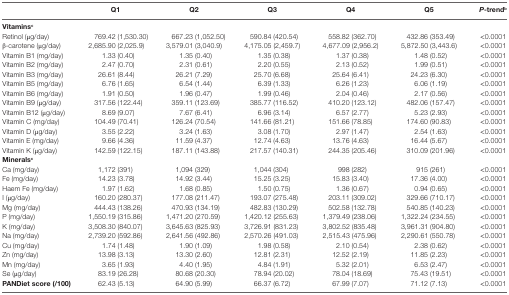
<table><thead><tr><td></td><td><b>Q1</b></td><td><b>Q2</b></td><td><b>Q3</b></td><td><b>Q4</b></td><td><b>Q5</b></td><td><b><i>P</i>-trend<sup>b</sup></b></td></tr></thead><tbody><tr><td><b>Vitamins</b><sup>c</sup></td><td></td><td></td><td></td><td></td><td></td><td></td></tr><tr><td>Retinol (μg/day)</td><td>769.42 (1,530.30)</td><td>667.23 (1,052.50)</td><td>590.84 (420.54)</td><td>558.82 (362.70)</td><td>432.86 (353.49)</td><td>&lt;0.0001</td></tr><tr><td>β-carotene (μg/day)</td><td>2,685.90 (2,025.9)</td><td>3,579.01 (3,040.9)</td><td>4,175.05 (2,459.7)</td><td>4,677.09 (2,956.2)</td><td>5,872.50 (3,443.6)</td><td>&lt;0.0001</td></tr><tr><td>Vitamin B1 (mg/day)</td><td>1.33 (0.40)</td><td>1.35 (0.40)</td><td>1.35 (0.38)</td><td>1.37 (0.38)</td><td>1.48 (0.52)</td><td>&lt;0.0001</td></tr><tr><td>Vitamin B2 (mg/day)</td><td>2.47 (0.70)</td><td>2.31 (0.61)</td><td>2.20 (0.55)</td><td>2.13 (0.52)</td><td>1.99 (0.51)</td><td>&lt;0.0001</td></tr><tr><td>Vitamin B3 (mg/day)</td><td>26.61 (8.44)</td><td>26.21 (7.29)</td><td>25.70 (6.68)</td><td>25.64 (6.41)</td><td>24.23 (6.30)</td><td>&lt;0.0001</td></tr><tr><td>Vitamin B5 (mg/day)</td><td>6.76 (1.65)</td><td>6.54 (1.44)</td><td>6.39 (1.33)</td><td>6.26 (1.23)</td><td>6.06 (1.19)</td><td>&lt;0.0001</td></tr><tr><td>Vitamin B6 (mg/day)</td><td>1.91 (0.50)</td><td>1.96 (0.47)</td><td>1.99 (0.46)</td><td>2.04 (0.46)</td><td>2.17 (0.56)</td><td>&lt;0.0001</td></tr><tr><td>Vitamin B9 (μg/day)</td><td>317.56 (122.44)</td><td>359.11 (123.69)</td><td>385.77 (116.52)</td><td>410.20 (123.12)</td><td>482.06 (157.47)</td><td>&lt;0.0001</td></tr><tr><td>Vitamin B12 (μg/day)</td><td>8.69 (9.07)</td><td>7.67 (6.41)</td><td>6.96 (3.14)</td><td>6.57 (2.77)</td><td>5.23 (2.93)</td><td>&lt;0.0001</td></tr><tr><td>Vitamin C (mg/day)</td><td>104.49 (70.41)</td><td>126.24 (70.54)</td><td>141.66 (81.21)</td><td>151.66 (78.85)</td><td>174.60 (90.83)</td><td>&lt;0.0001</td></tr><tr><td>Vitamin D (μg/day)</td><td>3.55 (2.22)</td><td>3.24 (1.63)</td><td>3.08 (1.70)</td><td>2.97 (1.47)</td><td>2.54 (1.63)</td><td>&lt;0.0001</td></tr><tr><td>Vitamin E (mg/day)</td><td>9.66 (4.36)</td><td>11.59 (4.37)</td><td>12.74 (4.63)</td><td>13.76 (4.63)</td><td>16.44 (5.67)</td><td>&lt;0.0001</td></tr><tr><td>Vitamin K (μg/day)</td><td>142.59 (122.15)</td><td>187.11 (143.88)</td><td>217.57 (140.31)</td><td>244.35 (205.46)</td><td>310.09 (201.96)</td><td>&lt;0.0001</td></tr><tr><td><b>Minerals</b><sup>c</sup></td><td></td><td></td><td></td><td></td><td></td><td></td></tr><tr><td>Ca (mg/day)</td><td>1,172 (391)</td><td>1,094 (329)</td><td>1,044 (304)</td><td>998 (282)</td><td>915 (261)</td><td>&lt;0.0001</td></tr><tr><td>Fe (mg/day)</td><td>14.23 (3.78)</td><td>14.92 (3.44)</td><td>15.25 (3.25)</td><td>15.83 (3.40)</td><td>17.36 (4.00)</td><td>&lt;0.0001</td></tr><tr><td>Haem Fe (mg/day)</td><td>1.97 (1.62)</td><td>1.68 (0.85)</td><td>1.50 (0.75)</td><td>1.36 (0.67)</td><td>0.94 (0.65)</td><td>&lt;0.0001</td></tr><tr><td>I (μg/day)</td><td>160.20 (280.37)</td><td>177.08 (211.47)</td><td>193.07 (275.48)</td><td>203.11 (309.02)</td><td>329.66 (710.17)</td><td>&lt;0.0001</td></tr><tr><td>Mg (mg/day)</td><td>444.43 (138.26)</td><td>470.93 (134.19)</td><td>482.83 (130.29)</td><td>502.58 (132.78)</td><td>540.85 (140.23)</td><td>&lt;0.0001</td></tr><tr><td>P (mg/day)</td><td>1,550.19 (315.86)</td><td>1,471.20 (270.59)</td><td>1,420.12 (255.63)</td><td>1,379.49 (238.06)</td><td>1,322.24 (234.55)</td><td>&lt;0.0001</td></tr><tr><td>K (mg/day)</td><td>3,508.30 (840.07)</td><td>3,645.63 (825.93)</td><td>3,726.91 (831.23)</td><td>3,802.52 (835.48)</td><td>3,961.31 (904.80)</td><td>&lt;0.0001</td></tr><tr><td>Na (mg/day)</td><td>2,739.20 (592.86)</td><td>2,641.56 (492.86)</td><td>2,570.26 (491.03)</td><td>2,515.43 (475.96)</td><td>2,290.61 (550.78)</td><td>&lt;0.0001</td></tr><tr><td>Cu (mg/day)</td><td>1.74 (1.48)</td><td>1.90 (1.09)</td><td>1.98 (0.58)</td><td>2.10 (0.54)</td><td>2.38 (0.62)</td><td>&lt;0.0001</td></tr><tr><td>Zn (mg/day)</td><td>13.98 (3.13)</td><td>13.30 (2.60)</td><td>12.81 (2.31)</td><td>12.52 (2.19)</td><td>11.85 (2.23)</td><td>&lt;0.0001</td></tr><tr><td>Mn (mg/day)</td><td>3.65 (1.93)</td><td>4.40 (1.95)</td><td>4.84 (1.91)</td><td>5.32 (2.01)</td><td>6.53 (2.47)</td><td>&lt;0.0001</td></tr><tr><td>Se (μg/day)</td><td>83.19 (26.28)</td><td>80.68 (20.30)</td><td>78.94 (20.02)</td><td>78.04 (18.69)</td><td>75.43 (19.51)</td><td>&lt;0.0001</td></tr><tr><td><b>PANDiet score (/100)</b></td><td>62.43 (5.13)</td><td>64.90 (5.99)</td><td>66.37 (6.72)</td><td>67.99 (7.07)</td><td>71.12 (7.13)</td><td>&lt;0.0001</td></tr></tbody></table>